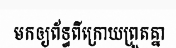
មកឲ្យព័ទ្ធពីក្រោយព្រួតគ្នា